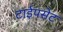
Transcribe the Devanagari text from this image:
टाईपसेट